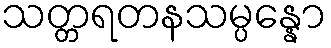
သတ္တရတနသမ္ပန္နော